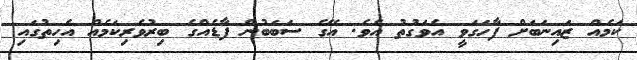
ކަމެއް ޒައިނަބަށް ފާހަގަވީ އެވަގުތު އެވެ. އޭގެ ސަބަބުން ފާޑެއްގެ ބިރުވެރިކަމެއް އެހިތުގައި